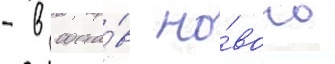
- в соста́в но́вого